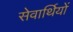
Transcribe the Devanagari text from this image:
सेवार्थियों